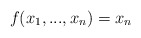
\begin{align*}f(x_1,...,x_n)=x_n\end{align*}